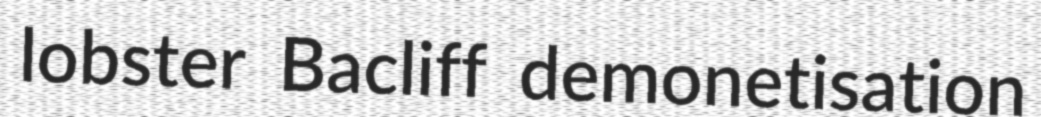
lobster Bacliff demonetisation